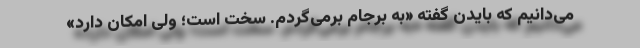
می‌دانیم که بایدن گفته «به برجام برمی‌گردم. سخت است؛ ولی امکان دارد»